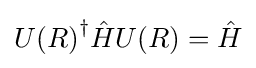
{U(R)}^{\dagger }{\hat {H}}U(R)={\hat {H}}